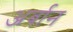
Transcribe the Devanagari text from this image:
अर्बान